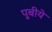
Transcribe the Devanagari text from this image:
पूबीये